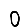
Digit: 0